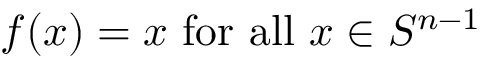
f ( x ) = x { \mathrm { ~ f o r ~ a l l ~ } } x \in S ^ { n - 1 }